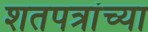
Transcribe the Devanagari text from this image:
शतपत्रांच्या